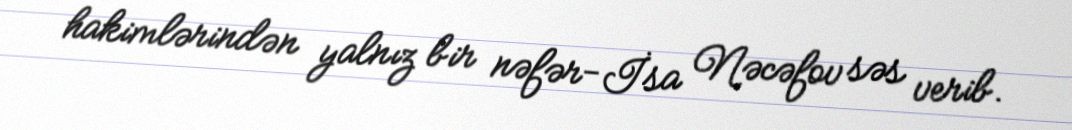
hakimlərindən yalnız bir nəfər-İsa Nəcəfov səs verib.